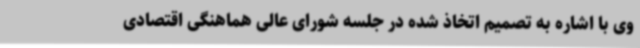
وی با اشاره به تصمیم اتخاذ شده در جلسه شورای عالی هماهنگی اقتصادی